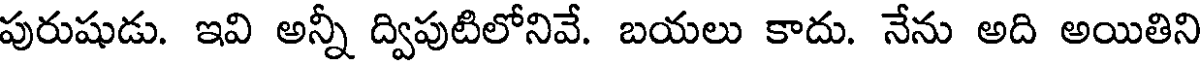
పురుషుడు. ఇవి అన్నీ ద్విపుటిలోనివే. బయలు కాదు. నేను అది అయితిని